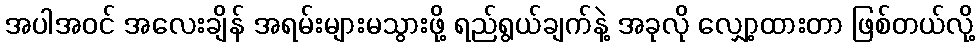
အပါအဝင် အလေးချိန် အရမ်းများမသွားဖို့ ရည်ရွယ်ချက်နဲ့ အခုလို လျှော့ထားတာ ဖြစ်တယ်လို့